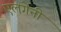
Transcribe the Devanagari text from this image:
एलगेनी